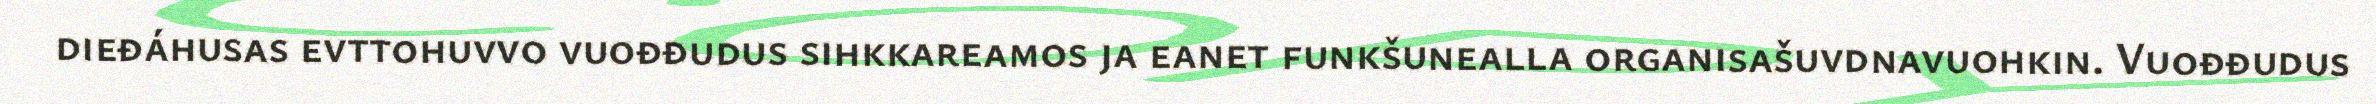
dieđáhusas evttohuvvo vuođđudus sihkkareamos ja eanet funkšunealla organisašuvdnavuohkin. Vuođđudus